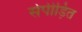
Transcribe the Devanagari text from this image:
सेपीड़ित